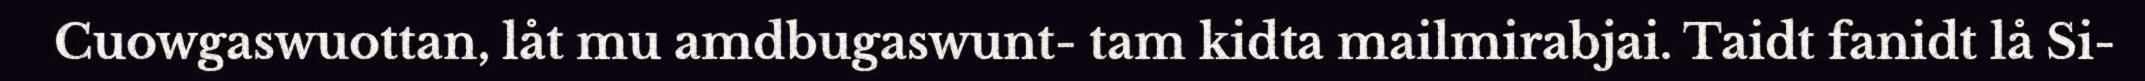
Cuowgaswuottan, låt mu amdbugaswunt- tam kidta mailmirabjai. Taidt fanidt lå Si-